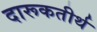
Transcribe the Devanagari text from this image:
दारूकतीर्थ